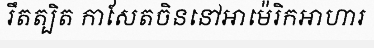
រឹតត្បិត កាសែតចិននៅអាម៉េរិកអាហារ